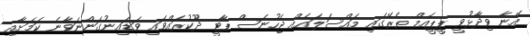
އޭނާ ވިދާޅުވީ ޕީޕީއެމް ތެރޭގައި މައްސަލައެއް ޖެހުނަސް ޕާޓީ ދޫކުރައްވައި ވަޑައިނުގަންނަވާނެ ކަމަށާއި